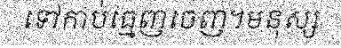
ទៅកាប់ធ្មេញចេញ។មនុស្ស